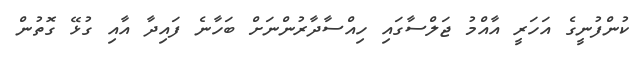
ކުންފުނީގެ އަހަރީ އާއްމު ޖަލްސާގައި ހިއްސާދާރުންނަށް ބަހާނެ ފައިދާ އާއި ގުޅޭ ގޮތުން